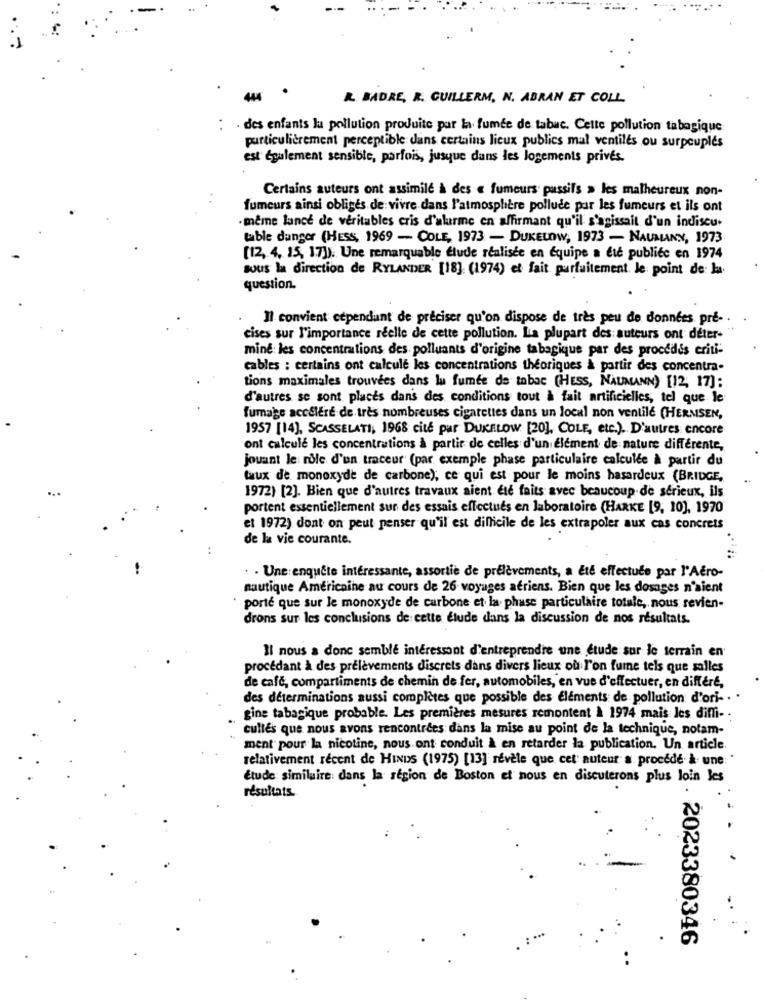
R. BADRE, R. CUILLERM, N. ABRAN ET COLL.
des enfants la pollution produite par la fumée de tabac. Cette pollution tabagique
particulièrement perceptible dans certains lieux publics mal ventilés ou surpeuplés
est également sensible, parfois, jusque dans les logements privés.
Certains auteurs ont assimile à des « fumeurs passifs > les malheureux non-
fumeurs ainsi obligés de vivre dans l'atmosphère polluce par les fumeurs et ils ont
meme lance de véritables cris d'alarme en affirmant qu'il s'agissait d'un indiscu.
table danger (HESS, 1969 - COLE, 1973 - DUKELOW, 1973 - NAUMANN, 1973
[12,4, 15, 17). Une remarquable élude realisee en equipe a ete publiée en 1974
sous la direction de RYLANDER [18]: (1974) et fait parfaitement. le point de: la
question.
Il convient cependant de preciser qu'on dispose de très peu de données pre- .
cises sur l'importance réelle de cette pollution. La plupart des auteurs ont deter-
mine les concentrations des polluants d'origine tabagique par des procédés criti-
cables : certains ont calcule les concentrations théoriques à partir des concentra-
tions maximales trouvées dans lu fumée de tobac (HESS, NAUMANN) [12, 17]:
d'autres se sont places dans des conditions tout à fait artificielles, tel que le
fumage accéléré de très nombreuses cigarettes dans un local non ventilé (HERMSEN,
1957 [14], SCASSELATI, 1968 cite pur DUKELOW [20], COLE, etc.). D'autres encore
ont calculé les concentrations à partir de celles d'un élément de nature différente,
jouant le rôle d'un traceur (par exemple phase particulaire calculée à partir du
taux de monoxyde de carbone), ce qui est pour le moins hasardeux (BRIDGE,
1972) [2]. Bien que d'autres travaux aient été faits avec beaucoup de sérieux, ils
portent essentiellement sur des essais effectués en laboratoire (HARKE [9, 10], 1970
et 1972) dont on peut penser qu'il est difficile de les extrapoler aux cas concrets
de la vie courante.
. . Une:enquête intéressante, assortie de prélèvements, a été effectuée par l'Aéro-
nautique Américaine au cours de 26 voyages afriens. Bien que les dosages n'aient
porté que sur le monoxyde de carbone et la phase particulaire totale, nous revien-
drons sur les conclusions de cette étude dans la discussion de nos résultats.
Il nous a donc semble interessant d'entreprendre une étude sur le terrain en
procédant à des prélèvements discrets dans divers lieux où l'on fume tels que salles
de café, compartiments de chemin de fer, automobiles, en vue d'effectuer, en différé,
des déterminations aussi complètes que possible des elements de pollution d'ori- . .
gine tabagique probable. Les premières mesures remontent à 1974 mais les diffi- -
cultes que nous avons rencontrees dans la mise au point de la technique, notam-
ment pour la nicotine, nous ont conduit à en retarder la publication. Un article.
relativement récent de HINDs (1975) [13] révèle que cet auteur a procédé à une: "
Etude similaire dans la région de Boston et nous en discuterons plus loin les
résultats.
2023380346